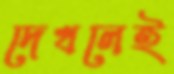
দেখলেই